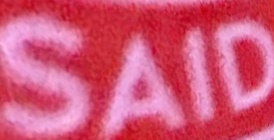
SAID